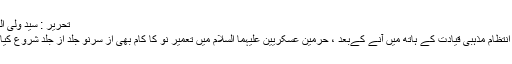
تحریر : سید ولی الحسن رضوی
یقیناسامرہ کا انتظام مذہبی قیادت کے ہاتھ میں آنے کےبعد ، حرمین عسکریین علیہما السلام میں تعمیر نو کا کام بھی از سرنو جلد از جلد شروع کیا جاسکے گا ۔